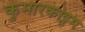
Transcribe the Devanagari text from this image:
कुमारकोट्टम